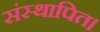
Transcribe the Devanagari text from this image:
संस्थापित।